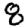
Digit: 8